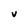
Character: V